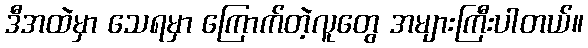
ဒီအထဲမှာ သေရမှာ ကြောက်တဲ့လူတွေ အများကြီးပါတယ်။